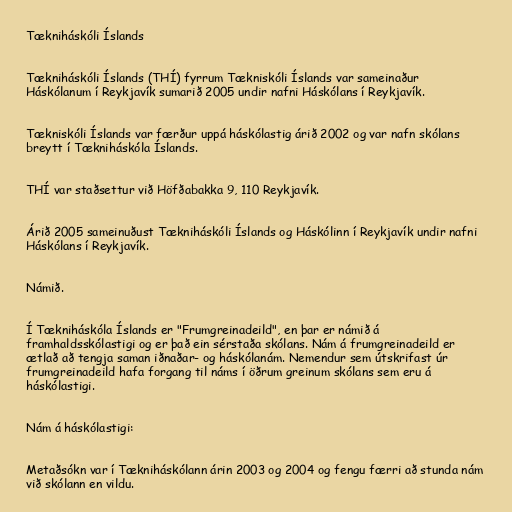
Tækniháskóli Íslands

Tækniháskóli Íslands (THÍ) fyrrum Tækniskóli Íslands var sameinaður
Háskólanum í Reykjavík sumarið 2005 undir nafni Háskólans í Reykjavík.

Tækniskóli Íslands var færður uppá háskólastig árið 2002 og var nafn skólans
breytt í Tækniháskóla Íslands.

THÍ var staðsettur við Höfðabakka 9, 110 Reykjavík.

Árið 2005 sameinuðust Tækniháskóli Íslands og Háskólinn í Reykjavík undir nafni
Háskólans í Reykjavík.

Námið.

Í Tækniháskóla Íslands er "Frumgreinadeild", en þar er námið á
framhaldsskólastigi og er það ein sérstaða skólans. Nám á frumgreinadeild er
ætlað að tengja saman iðnaðar- og háskólanám. Nemendur sem útskrifast úr
frumgreinadeild hafa forgang til náms í öðrum greinum skólans sem eru á
háskólastigi.

Nám á háskólastigi:

Metaðsókn var í Tækniháskólann árin 2003 og 2004 og fengu færri að stunda nám
við skólann en vildu.